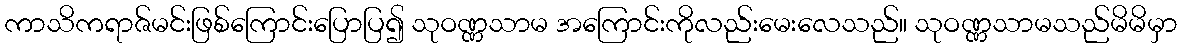
ကာသိကရာဇ်မင်းဖြစ်ကြောင်းပြောပြ၍ သုဝဏ္ဏသာမ အကြောင်းကိုလည်းမေးလေသည်။ သုဝဏ္ဏသာမသည်မိမိမှာ